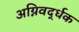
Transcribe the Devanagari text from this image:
अग्निवर्द्धक